Kominterni_Eesti_sektsioon_Moskvas, lk 42
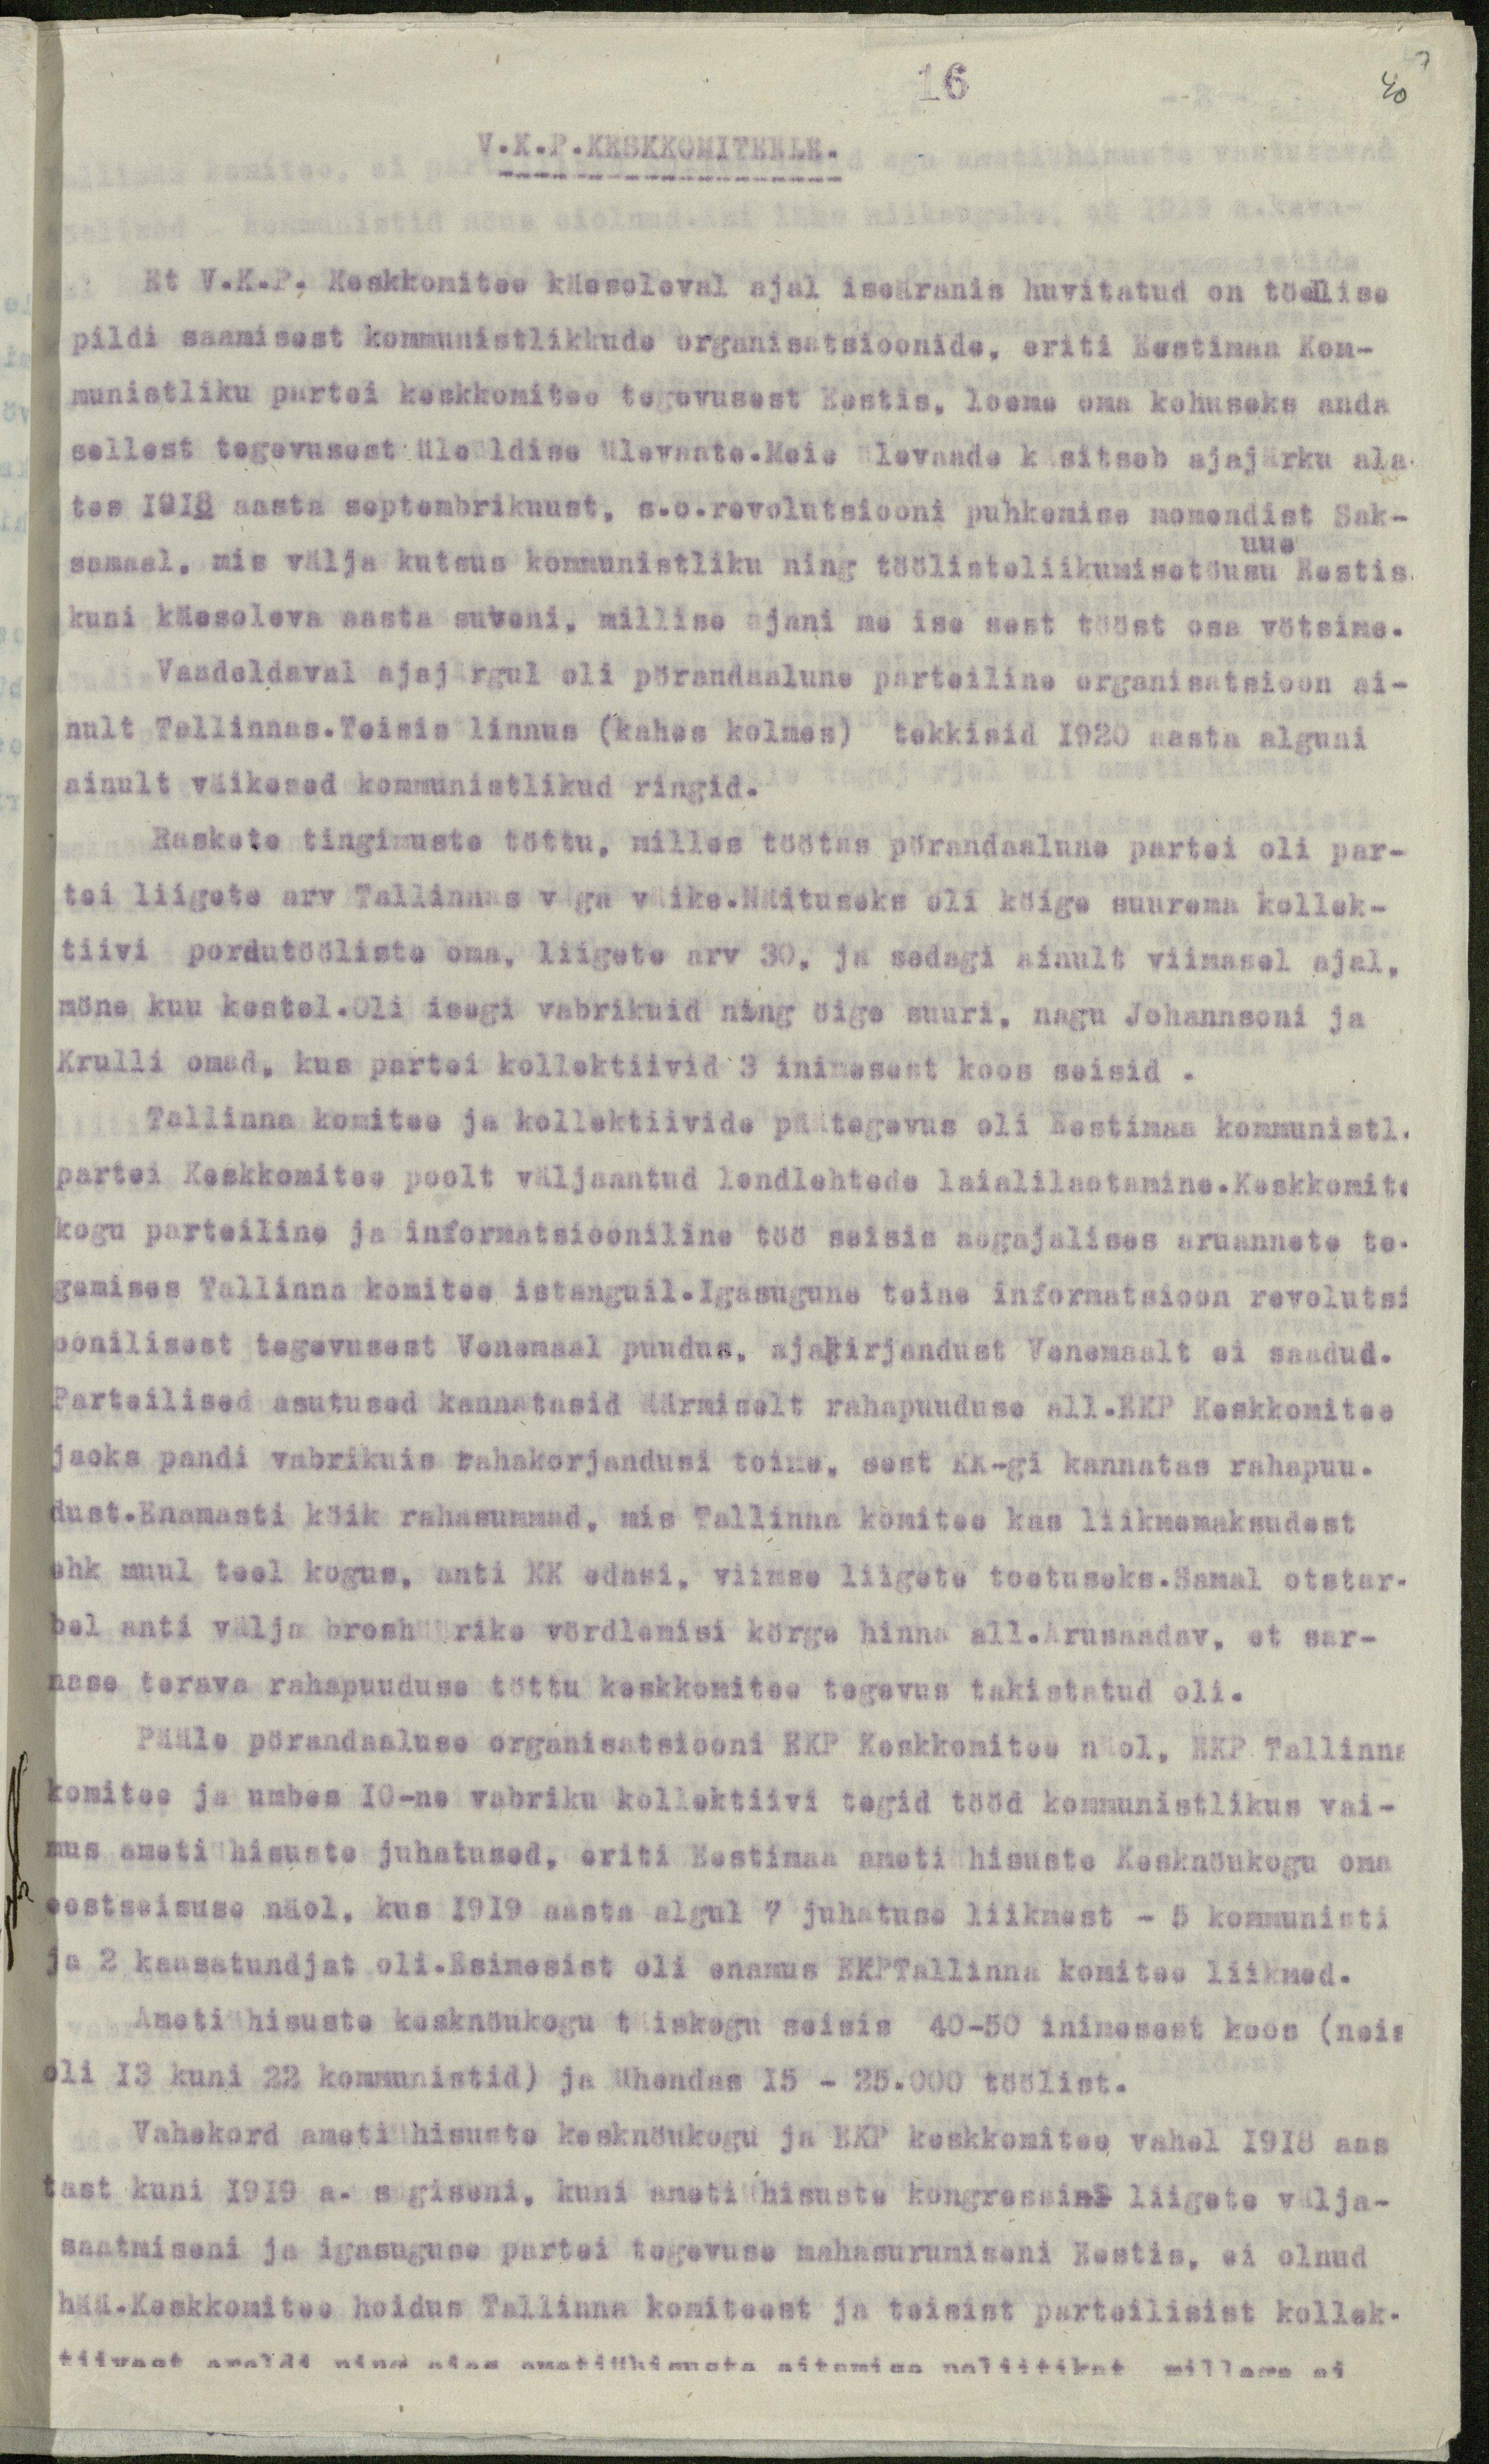
16
V.K.P.KESKKOMITEELE.
Et V.K.P. Keskkomitee käesoleval ajal iseäranis huvitatud on töelise
pildi saamisest kommunistlikkude organisatsioonide, eriti Eestimaa Kom-
munistliku partei keskkomitee tegevusest Eestis, loeme oma kohuseks anda
sellest tegevusest üleüldise ülevaate.Meie ülevaade käsitseb ajajärku ala
tes 1918 aasta septembrikuust, s.o.revolutsiooni puhkemise momendist Sak-
samaal, mis välja kutsus kommunistliku ning töölisteliikumisetõusu Eestis
uue
kuni käesoleva aasta suveni, millise ajani me ise sest tööst osa vötsime.
Vaadeldaval ajajärgul oli pörandaalune parteiline organisatsioon ai-
nult Tallinnas.Teisis linnus (kahes kolmes) tekkisid 1920 aasta alguni
ainult väikesed kommunistlikud ringid.
Raskete tingimuste töttu, milles töötas pörandaalune partei oli par-
tei liigete arv Tallinnas väga väike.Näituseks oli köige suurema kollek-
tiivi pordutööliste oma, liigete arv 30, ja sedagi ainult viimasel ajal,
möne kuu kestel. Oli isegi vabrikuid ning öige suuri, nagu Johannsoni ja
Krulli omad, kus partei kollektiivid 3 inimesest koos seisid.
Tallinna komitee ja kollektiivide päätegevus oli Eestimaa kommunistl.
partei Keskkomitee poolt väljaantud lendlehtede laialilaotamine. Keskkomite
kogu parteiline ja informatsiooniline töö seisis aegajalises aruannete te-
gemises Tallinna komitee istanguil.Igasugune teine informatsioon revolutsi
oonilisest tegevusest Venemaal puudus, ajakirjandust Venemaalt ei saadud.
Parteilised asutused kannatasid äärmiselt rahapuuduse all.EKP Keskkomitee
jaoks pandi vabrikuis rahakorjandusi toime, sest KK-gi kannatas rahapuu.
dust.Enamasti köik rahasummad, mis Tallinna komitee kas liikmemaksudest
ehk muul teel kogus, anti KK edasi, viimse liigete toetuseks. Samal otstar-
bel anti välja broshüürike vördlemisi körge hinna all.Arusaadav, et sar-
nase terava rahapuuduse töttu keskkomitee tegevus takistatud oli.
Pääle pörandaaluse organisatsiooni EKP Keskkomitee näol, EKP Tallinna
komitee ja umbes 10-ne vabriku kollektiivi tegid tööd kommunistlikus vai-
mus ametiühisuste juhatused, eriti Eestimaa ametiühisuste Kesknöukogu oma
eestseisuse näol, kus 1919 aasta algul 7 juhatuse liikmest - 5 kommunisti
ja 2 kaasatundjat oli. Esimesist oli enamus EKPTallinna komitee liikmed.
Ametiühisuste kesknöukogu täiskogu seisis 40-50 inimesest koos (neis
oli 13 kuni 22 kommunistid) ja ühendas 15 - 25.000 töölist.
Vahekord ametiühisuste kesknöukogu ja EKP keskkomitee vahel 1918 aas
tast kuni 1919 a. sügiseni, kuni ametiühisuste kongressini liigete välja-
saatmiseni ja igasuguse partei tegevuse mahasurumiseni Eestis, ei olnud
hää.Keskkomitee hoidus Tallinna komiteest ja teisist parteilisist kollek-
tiivest eraldi ning ajas ametiühisuste aitamise poliitikat millega ei